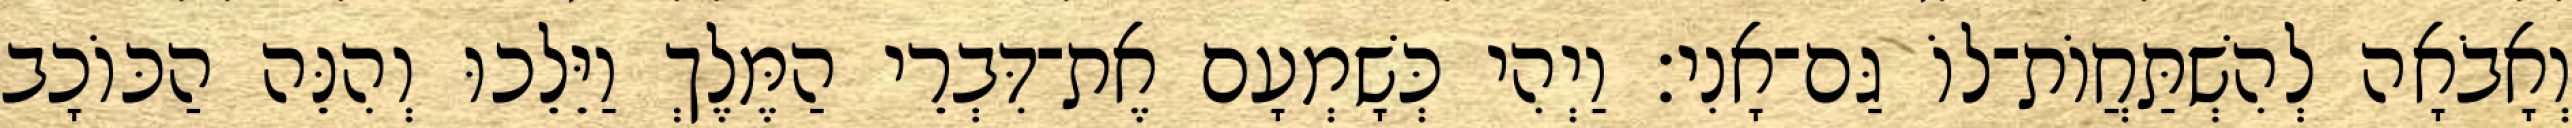
וְאָבֹאָה לְהִשְׁתַּחֲוֹת־לוֹ גַּם־אָנִי׃ וַיְהִי כְּשָׁמְעָם אֶת־דִּבְרֵי הַמֶּלֶךְ וַיֵּלֵכוּ וְהִנֵּה הַכּוֹכָב